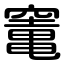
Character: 竃